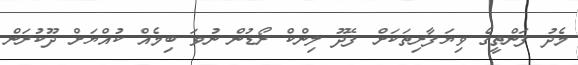
މެދު ފަންތީގެ ވިޔަފާރިތަކަށް ފޭދޫ ލިންކް ރޯޑުން ނުވަ ބިމެއް ކުއްޔަށް ދޫކުރަން